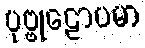
ပုဗ္ဗုဠောပမာ